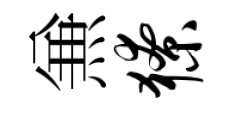
𠔥獠